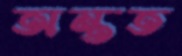
অন্তত